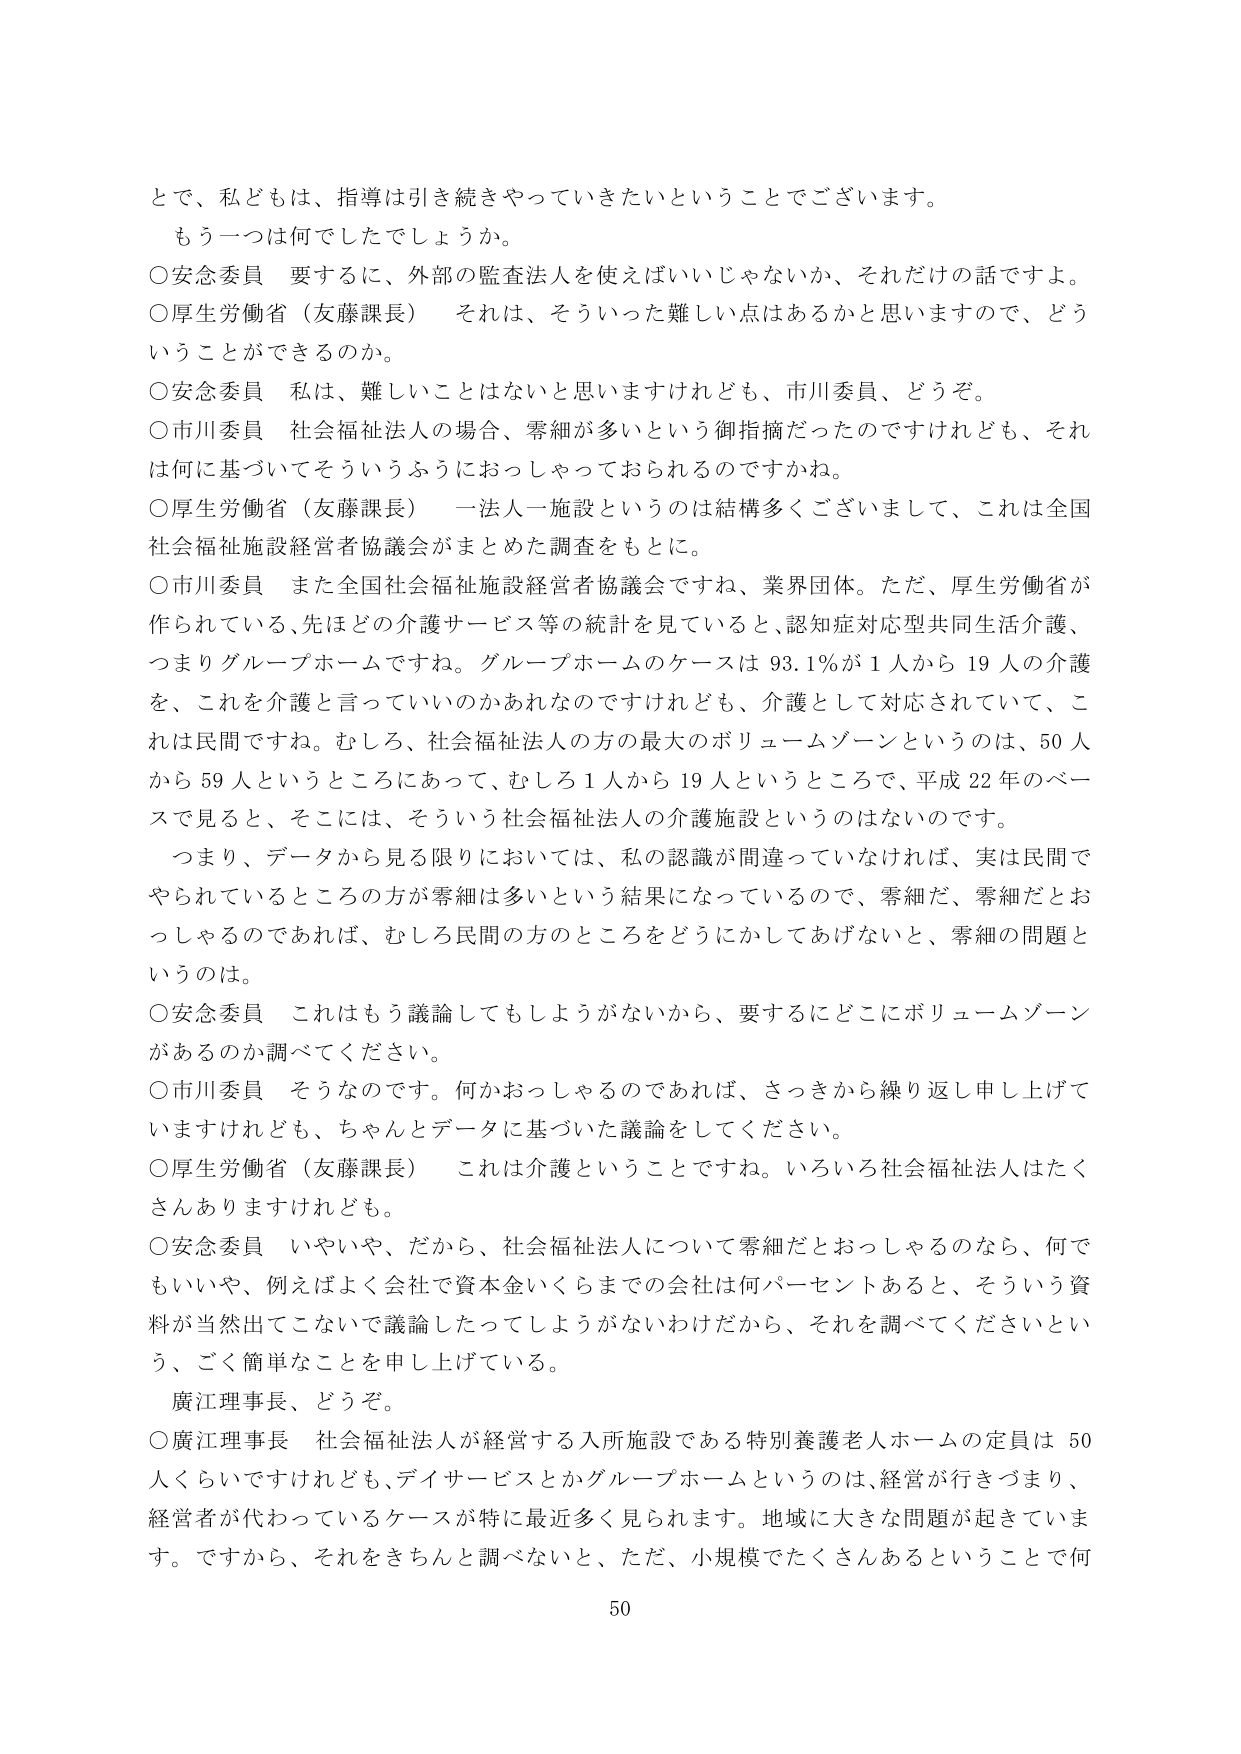
とで、私どもは、指導は引き続きやっていきたいということでございます。
もう一つは何でしたでしょうか。
○安念委員　要するに、外部の監査法人を使えばいいじゃないか、それだけの話ですよ。
○厚生労働省（友藤課長）　それは、そういった難しい点はあるかと思いますので、どう
いうことができるのか。
○安念委員　私は、難しいことはないと思いますけれども、市川委員、どうぞ。
○市川委員　社会福祉法人の場合、零細が多いという御指摘だったのですけれども、それ
は何に基づいてそういうようにおっしゃっておられるのですか。
○厚生労働省（友藤課長）　一法人一施設というのは結構多くございまして、これは全国
社会福祉施設経営者協議会がまとめた調査をもとに。
○市川委員　また全国社会福祉施設経営者協議会ですね、業界団体。ただ、厚生労働省が
作られている、先ほどの介護サービス等の統計を見ていると、認知症対応型共同生活介護、
つまりグループホームですね。グループホームのケースは 93.1％が 1 人から 19 人の介護
を、これを介護と言っていいのかあれなのですがけれども、介護として対応されていて、こ
れは民間ですね。むしろ、社会福祉法人の方の最大のボリュームゾーンというのは、50 人
から 59 人というところにあって、むしろ 1 人から 19 人というところで、平成 22 年のベー
スで見ると、そこには、そういう社会福祉法人の介護施設というのはないのです。
つまり、データから見る限りにおいては、私の認識が間違っていなければ、実は民間で
やられているところの方が零細は多いという結果になっているので、零細だ、零細だとお
っしゃるのであれば、むしろ民間の方のところをどうにかしてあげないと、零細の問題と
いうのは。
○安念委員　これはもう議論してもしようがないから、要するにどこにボリュームゾーン
があるのか調べてください。
○市川委員　そうなのです。何かおっしゃるのであれば、さっきから繰り返し申し上げて
いますけれども、ちゃんとデータに基づいた議論をしてください。
○厚生労働省（友藤課長）　これは介護ということですね。いろいろ社会福祉法人はたく
さんありますけれども。
○安念委員　いやいや、だから、社会福祉法人について零細だとおっしゃるのなら、何で
もいや、例えばよく会社で資本金いくらまでの会社は何パーセントあると、そういう資
料が当然出てこないで議論したってしようがないわけだから、それを調べてくださいとい
う、ごく簡単なことを申し上げている。
廣江理事長、どうぞ。
○廣江理事長　社会福祉法人が経営する入所施設である特別養護老人ホームの定員は 50
人くらいですけれども、デイサービスとかグループホームというのは、経営が行きづまり、
経営者が代わっているケースが特に最近多く見られます。地域に大きな問題が起きていま
す。ですから、それをきちんと調べないと、ただ、小規模でたくさんあるということで何
50